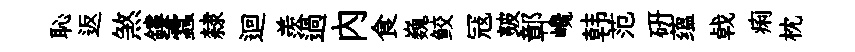
恥返煞鏤蠧隸迴羨過内食巍鲛冦皷鄣巉韩范研蕴㦸痢枕